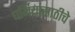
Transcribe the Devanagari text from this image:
धर्मियांसाठीचे